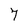
Character: 7